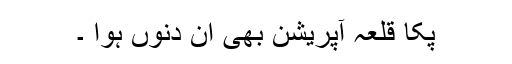
پکا قلعہ آپریشن بھی اُن دنوں ہوا ۔